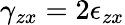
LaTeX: \gamma_{zx}=2\epsilon_{zx}